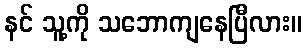
နင် သူ့ကို သဘောကျနေပြီလား။